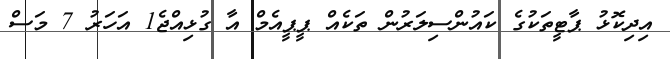
އިދިކޮޅު ޕާޓީތަކުގެ ކައުންސިލަރުން ތަކެއް ޕީޕީއެމް އާ ގުޅިއްޖެ1 އަހަރު 7 މަސް